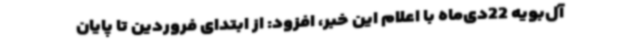
آل‌بویه 22دی‌ماه با اعلام این خبر، افزود: از ابتدای فروردین تا پایان